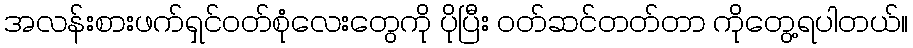
အလန်းစားဖက်ရှင်ဝတ်စုံလေးတွေကို ပိုပြီး ဝတ်ဆင်တတ်တာ ကိုတွေ့ရပါတယ်။